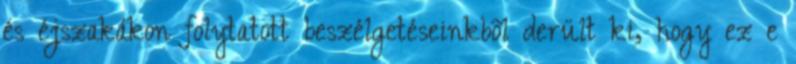
és éjszakákon folytatott beszélgetéseinkbõl derült ki, hogy ez e